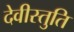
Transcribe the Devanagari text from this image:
देवीस्तुति